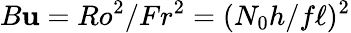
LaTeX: B\mathbf{u}=Ro^{2}/Fr^{2}=(N_{0}h/f\ell)^{2}